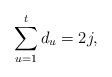
LaTeX: \begin{align*}\sum_{u = 1}^t d_u = 2j,\end{align*}